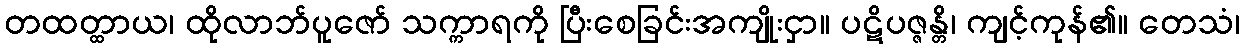
တထတ္ထာယ၊ ထိုလာဘ်ပူဇော် သက္ကာရကို ပြီးစေခြင်းအကျိုးငှာ။ ပဋိပဇ္ဇန္တိ၊ ကျင့်ကုန်၏။ တေသံ၊